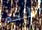
اللحم